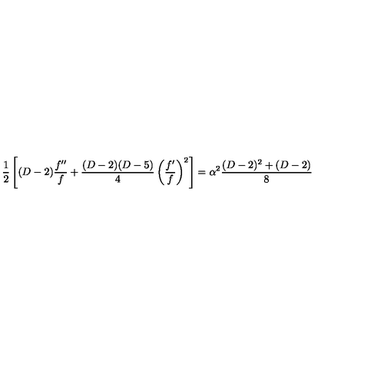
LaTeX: \frac { 1 } { 2 } \left[ ( D - 2 ) \frac { f ^ { \prime \prime } } { f } + \frac { ( D - 2 ) ( D - 5 ) } { 4 } \left( \frac { f ^ { \prime } } { f } \right) ^ { 2 } \right] = \alpha ^ { 2 } \frac { ( D - 2 ) ^ { 2 } + ( D - 2 ) } { 8 }